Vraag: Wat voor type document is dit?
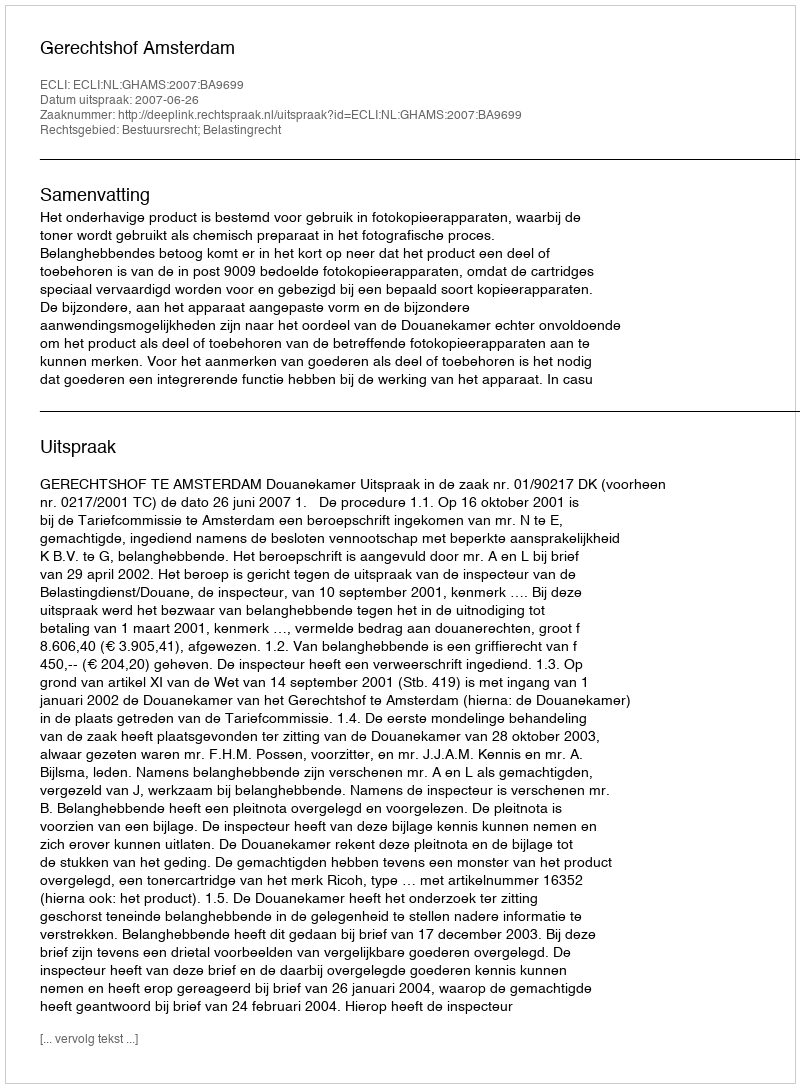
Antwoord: Uitspraak